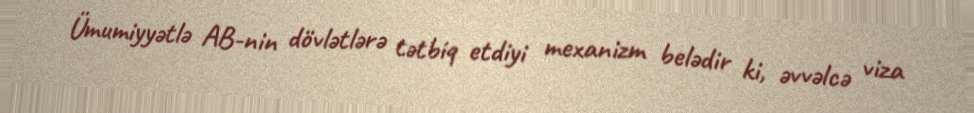
Ümumiyyətlə AB-nin dövlətlərə tətbiq etdiyi mexanizm belədir ki, əvvəlcə viza